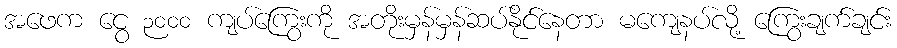
အဖေက ငွေ ၃၀၀၀ ကျပ်ကြွေးကို အတိုးမှန်မှန်ဆပ်နိုင်နေတာ မကျေနပ်လို့ ကြွေးချက်ချင်း